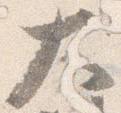
大